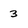
Character: 3